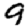
Digit: 9